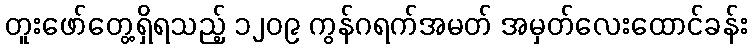
တူးဖော်တွေ့ရှိရသည့် ၁၂၀၉ ကွန်ဂရက်အမတ် အမှတ်လေးထောင်ခန်း